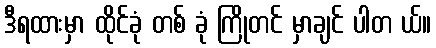
ဒီရထားမှာ ထိုင်ခုံ တစ် ခုံ ကြိုတင် မှာချင် ပါတ ယ်။